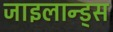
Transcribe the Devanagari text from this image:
जाइलान्ड्स